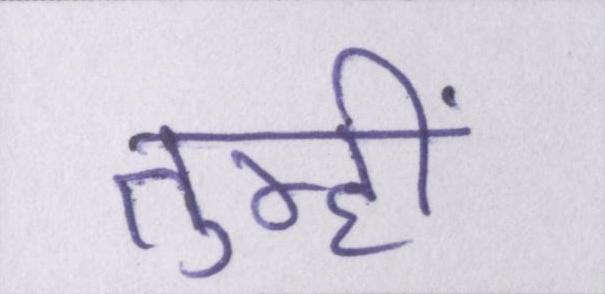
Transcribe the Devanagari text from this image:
तुम्हीं